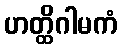
ဟတ္ထိဂါမကံ